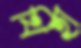
থিহা